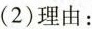
(2)理由：